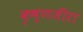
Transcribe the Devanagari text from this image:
कृष्णजीरा